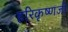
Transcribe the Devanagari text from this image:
हरिकृष्णजी